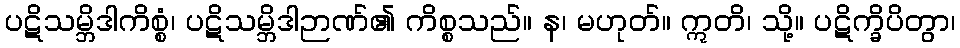
ပဋိသမ္ဘိဒါကိစ္စံ၊ ပဋိသမ္ဘိဒါဉာဏ်၏ ကိစ္စသည်။ န၊ မဟုတ်။ ဣတိ၊ သို့။ ပဋိက္ခိပိတွာ၊